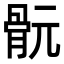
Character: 䯈